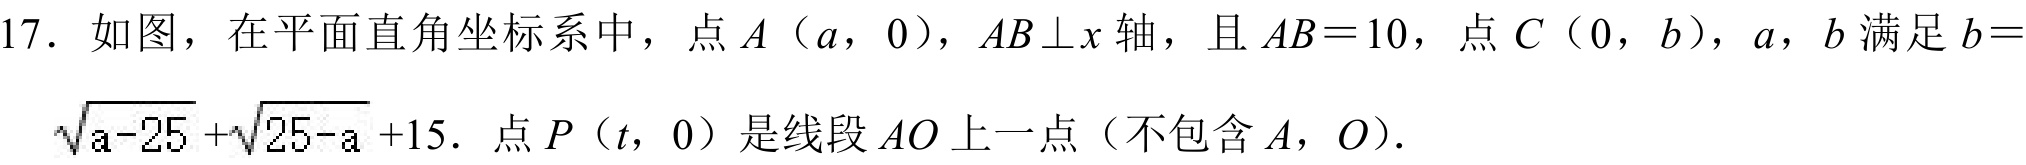
17. 如图，在平面直角坐标系中，点\(A（a，0）\)，\(AB\perp x\)轴，且\(AB = 10\)，点\(C（0，b）\)，\(a\)，\(b\)满足\(b = \sqrt{a - 25}+\sqrt{25 - a}+15\)．点\(P（t，0）\)是线段\(AO\)上一点（不包含\(A\)，\(O\)）．